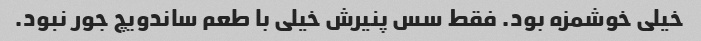
خیلی خوشمزه بود. فقط سس پنیرش خیلی با طعم ساندویچ جور نبود.